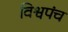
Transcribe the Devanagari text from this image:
विश्वपंच